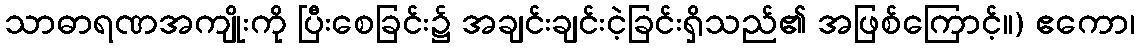
သာဓာရဏအကျိုးကို ပြီးစေခြင်း၌ အချင်းချင်းငဲ့ခြင်းရှိသည်၏ အဖြစ်ကြောင့်။) ဧကော၊